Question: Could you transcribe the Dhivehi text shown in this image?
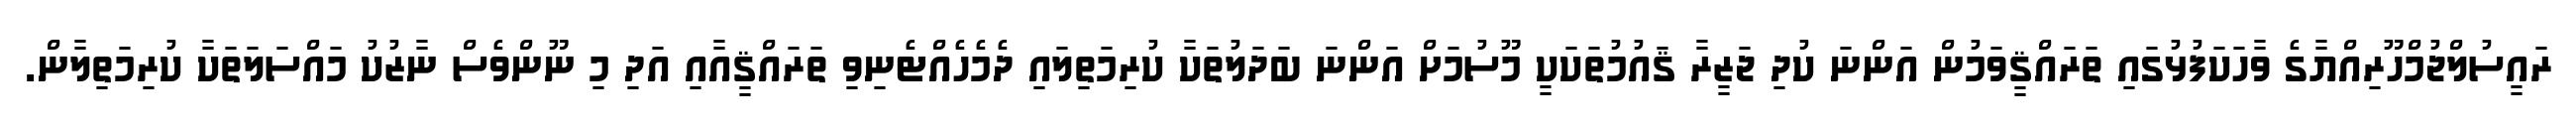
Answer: ރައީސުލްޖުމްހޫރިއްޔާގެ ވާހަކަފުޅުގައި ތަރައްޤީވަމުން އަންނަ ކުދި ޖަޒީރާ ޤައުމުތަކަކީ މޫސުމަށް އަންނަ ބަދަލުތަކާ ކުރިމަތިލައި ދެމެހެއްޓެނިވި ތަރައްޤީއާއި އަދި މި ނޫންވެސް ނާޒުކު މައްސަލަތަކާ ކުރިމަތިލާން.